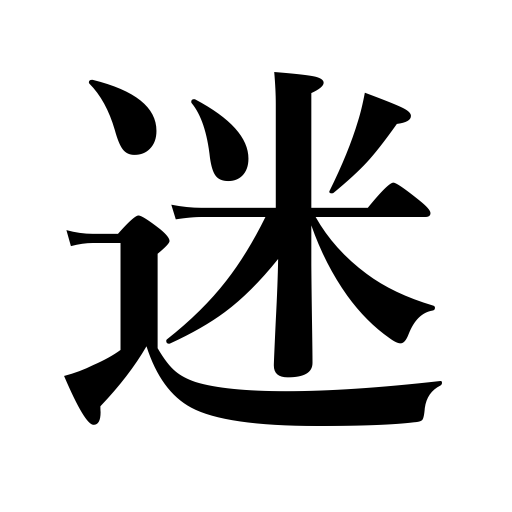
Meanings: be infatuated,hesitate,be perplexed,be in doubt,go astray,be misguided,err,vacillate,be tempted